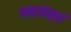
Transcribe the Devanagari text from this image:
स्वयंवरं